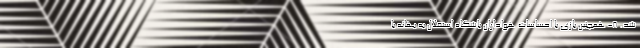
شد. ۸- همچنین بازی با احساسات هواداران باشگاه استقلال به بهانه با